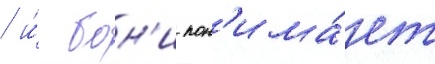
/ и́ бон'и пон'има́ет